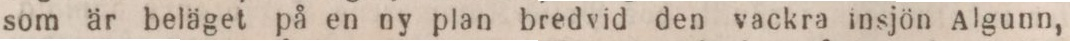
som är beläget på en ny plan bredvid den vackra insjön Algunn,